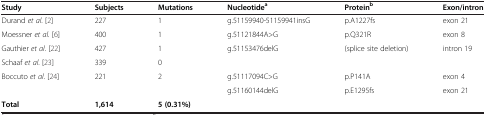
<table><thead><tr><td><b>Study</b></td><td><b>Subjects</b></td><td><b>Mutations</b></td><td><b>Nucleotide<sup>a</sup></b></td><td><b>Protein<sup>b</sup></b></td><td><b>Exon/intron</b></td></tr></thead><tbody><tr><td>Durand <i>et al</i>. [2]</td><td>227</td><td>1</td><td>g.51159940-51159941insG</td><td>p.A1227fs</td><td>exon 21</td></tr><tr><td>Moessner <i>et al.</i>[6]</td><td>400</td><td>1</td><td>g.51121844A&gt;G</td><td>p.Q321R</td><td>exon 8</td></tr><tr><td>Gauthier <i>et al</i>. [22]</td><td>427</td><td>1</td><td>g.51153476delG</td><td>(splice site deletion)</td><td>intron 19</td></tr><tr><td>Schaaf <i>et al</i>. [23]</td><td>339</td><td>0</td><td> </td><td> </td><td> </td></tr><tr><td rowspan="2">Boccuto <i>et al</i>. [24]</td><td rowspan="2">221</td><td rowspan="2">2</td><td>g.51117094C&gt;G</td><td>p.P141A</td><td>exon 4</td></tr><tr><td>g.51160144delG</td><td>p.E1295fs</td><td>exon 21</td></tr><tr><td><b>Total</b></td><td><b>1,614</b></td><td><b>5 (0.31%)</b></td><td> </td><td> </td><td> </td></tr></tbody></table>